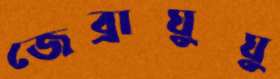
জেব্রাঘুঘু